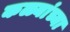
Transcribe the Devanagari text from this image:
कळ्यांच्या